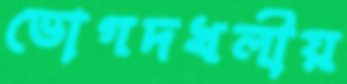
ভোগদখলীয়